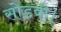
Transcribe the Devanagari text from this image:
सोडवी।